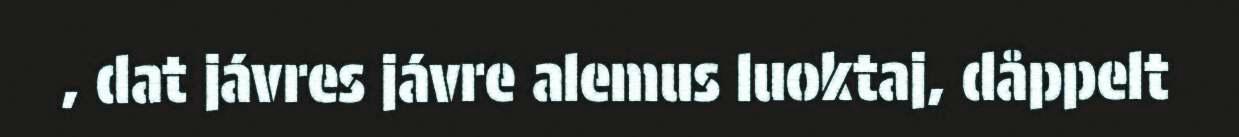
, dat jávres jávre alemus luoktaj, dåppelt